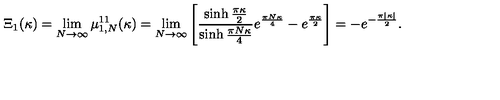
\Xi _ { 1 } ( \kappa ) = \lim _ { N \to \infty } \mu _ { 1 , N } ^ { 1 1 } ( \kappa ) = \lim _ { N \to \infty } \left[ \frac { \sinh \frac { \pi \kappa } { 2 } } { \sinh \frac { \pi N \kappa } { 4 } } e ^ { \frac { \pi N \kappa } { 4 } } - e ^ { \frac { \pi \kappa } { 2 } } \right] = - e ^ { - \frac { \pi | \kappa | } { 2 } } .